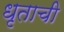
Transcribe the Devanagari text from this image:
धृताची